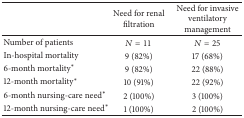
<table><thead><tr><td><b> </b></td><td><b>Need for renal filtration</b></td><td><b>Need for invasive ventilatory management</b></td></tr></thead><tbody><tr><td>Number of patients</td><td><i>N</i> = 11</td><td><i>N</i> = 25</td></tr><tr><td>In-hospital mortality</td><td>9 (82%)</td><td>17 (68%)</td></tr><tr><td>6-month mortality<sup><i>∗</i></sup></td><td>9 (82%)</td><td>22 (88%)</td></tr><tr><td>12-month mortality<sup><i>∗</i></sup></td><td>10 (91%)</td><td>22 (92%)</td></tr><tr><td>6-month nursing-care need<sup><i>∗</i></sup></td><td>2 (100%)</td><td>3 (100%)</td></tr><tr><td>12-month nursing-care need<sup><i>∗</i></sup></td><td>1 (100%)</td><td>2 (100%)</td></tr></tbody></table>